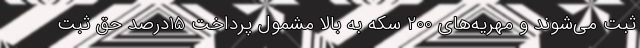
ثبت می‌شوند و مهریه‌های 200 سکه به بالا مشمول پرداخت 15درصد حق ثبت